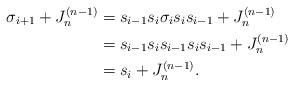
LaTeX: \begin{align*}\sigma_{i+1}+J^{(n-1)}_n&= s_{i-1}s_i\sigma_is_is_{i-1}+J^{(n-1)}_n\\&=s_{i-1}s_is_{i-1}s_is_{i-1}+J^{(n-1)}_n\\&=s_i+J^{(n-1)}_n.\end{align*}